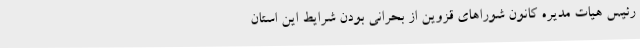
رئیس هیات مدیره کانون شوراهای قزوین از بحرانی بودن شرایط این استان